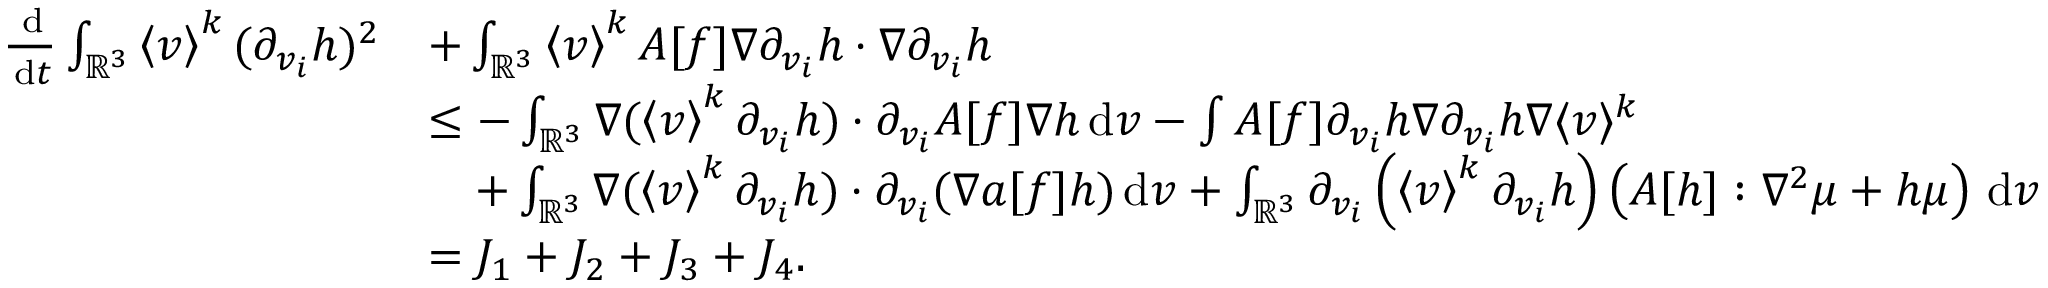
\begin{array} { r l } { \frac { \, \mathrm { d } } { \, \mathrm { d } t } \int _ { \ensuremath { { \mathbb R } } ^ { 3 } } \left\langle v \right\rangle ^ { k } ( \partial _ { v _ { i } } h ) ^ { 2 } } & { + \int _ { \ensuremath { { \mathbb R } } ^ { 3 } } \left\langle v \right\rangle ^ { k } A [ f ] \nabla \partial _ { v _ { i } } h \cdot \nabla \partial _ { v _ { i } } h } \\ & { \le - \int _ { \ensuremath { { \mathbb R } } ^ { 3 } } \nabla ( \left\langle v \right\rangle ^ { k } \partial _ { v _ { i } } h ) \cdot \partial _ { v _ { i } } A [ f ] \nabla h \, \mathrm { d } v - \int A [ f ] \partial _ { v _ { i } } h \nabla \partial _ { v _ { i } } h \nabla \langle v \rangle ^ { k } } \\ & { \quad + \int _ { \ensuremath { { \mathbb R } } ^ { 3 } } \nabla ( \left\langle v \right\rangle ^ { k } \partial _ { v _ { i } } h ) \cdot \partial _ { v _ { i } } ( \nabla a [ f ] h ) \, \mathrm { d } v + \int _ { \ensuremath { { \mathbb R } } ^ { 3 } } \partial _ { v _ { i } } \left( \left\langle v \right\rangle ^ { k } \partial _ { v _ { i } } h \right) \left( A [ h ] : \nabla ^ { 2 } \mu + h \mu \right) \, \mathrm { d } v } \\ & { = J _ { 1 } + J _ { 2 } + J _ { 3 } + J _ { 4 } . } \end{array}